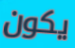
يكون